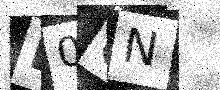
Text: L0GN